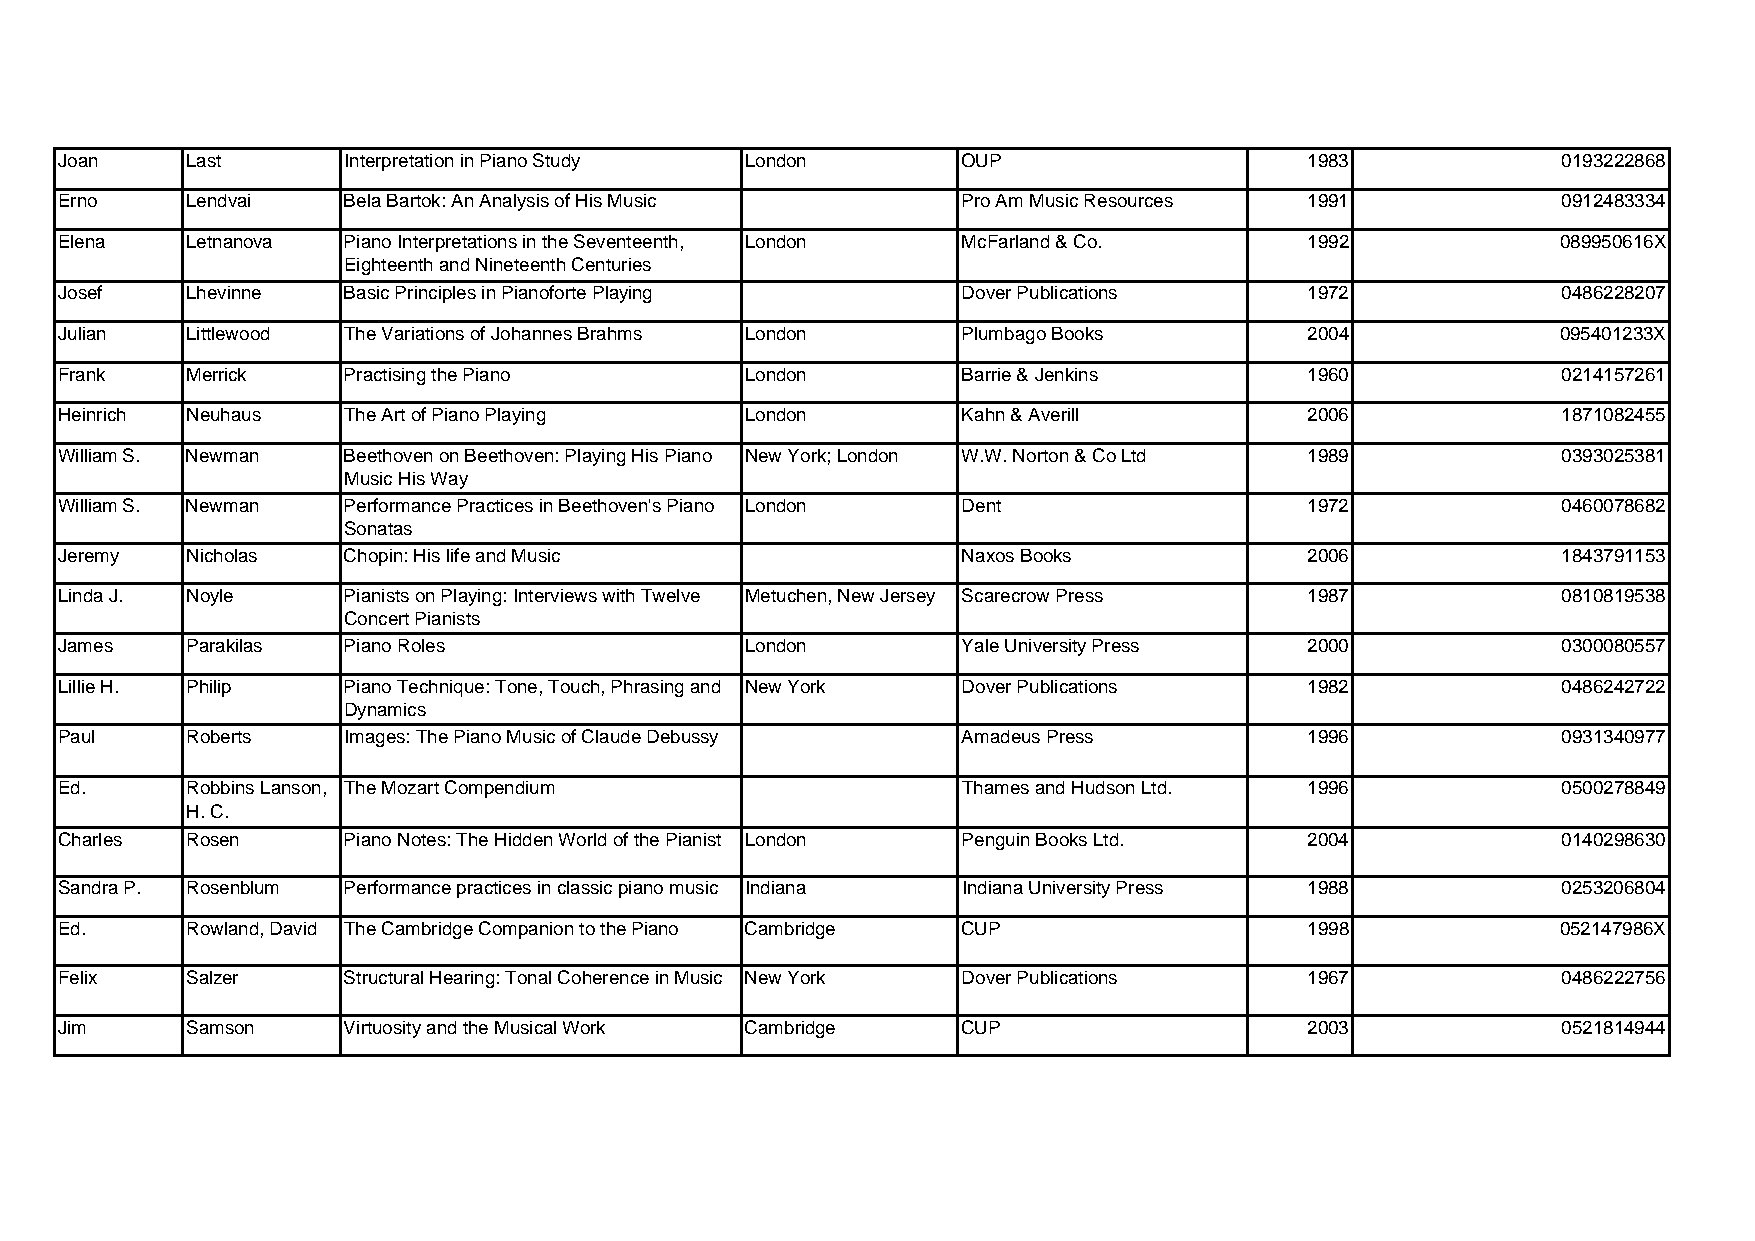
Joan    Last       Interpretation in Piano Study London     OUP                    1983            0193222868
 Erno    Lendvai    Bela Bartok: An Analysis of His Music    Pro Am Music Resources 1991            0912483334
 Elena   Letnanova  Piano Interpretations in the Seventeenth, London McFarland & Co. 1992           089950616X
 Eighteenth and Nineteenth Centuries
 Josef   Lhevinne   Basic Principles in Pianoforte Playing   Dover Publications     1972            0486228207
 Julian  Littlewood The Variations of Johannes Brahms London Plumbago Books         2004            095401233X
 Frank   Merrick    Practising the Piano      London         Barrie & Jenkins       1960            0214157261
 Heinrich Neuhaus   The Art of Piano Playing  London         Kahn & Averill         2006            1871082455
 William S. Newman  Beethoven on Beethoven: Playing His Piano New York; London W.W. Norton & Co Ltd 1989 0393025381
 Music His Way
 William S. Newman  Performance Practices in Beethoven's Piano London Dent          1972            0460078682
 Sonatas
 Jeremy  Nicholas   Chopin: His life and Music               Naxos Books            2006            1843791153
 Linda J. Noyle     Pianists on Playing: Interviews with Twelve Metuchen, New Jersey Scarecrow Press 1987 0810819538
 Concert Pianists
 James   Parakilas  Piano Roles               London         Yale University Press  2000            0300080557
 Lillie H. Philip   Piano Technique: Tone, Touch, Phrasing and New York Dover Publications 1982     0486242722
 Dynamics
 Paul    Roberts    Images: The Piano Music of Claude Debussy Amadeus Press         1996            0931340977
 Ed.     Robbins Lanson, The Mozart Compendium               Thames and Hudson Ltd. 1996            0500278849
 H. C.
 Charles Rosen      Piano Notes: The Hidden World of the Pianist London Penguin Books Ltd. 2004     0140298630
 Sandra P. Rosenblum Performance practices in classic piano music Indiana Indiana University Press 1988 0253206804
 Ed.     Rowland, David The Cambridge Companion to the Piano Cambridge CUP          1998            052147986X
 Felix   Salzer     Structural Hearing: Tonal Coherence in Music New York Dover Publications 1967   0486222756
 Jim     Samson     Virtuosity and the Musical Work Cambridge CUP                   2003            0521814944